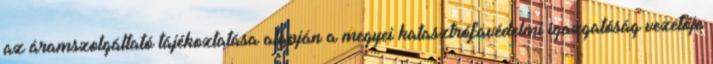
az áramszolgáltató tájékoztatása alapján a megyei katasztrófavédelmi igazgatóság vezetője